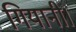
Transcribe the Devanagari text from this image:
गियानी।